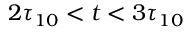
2 \tau _ { 1 0 } < t < 3 \tau _ { 1 0 }